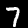
Label: 7